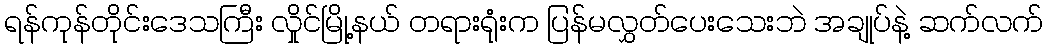
ရန်ကုန်တိုင်းဒေသကြီး လှိုင်မြို့နယ် တရားရုံးက ပြန်မလွှတ်ပေးသေးဘဲ အချုပ်နဲ့ ဆက်လက်